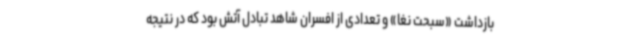
بازداشت «سبحت نغا» و تعدادی از افسران شاهد تبادل آتش بود که در نتیجه